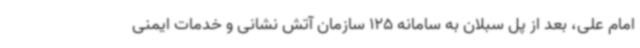
امام علی، بعد از پل سبلان به سامانه 125 سازمان آتش نشانی و خدمات ایمنی